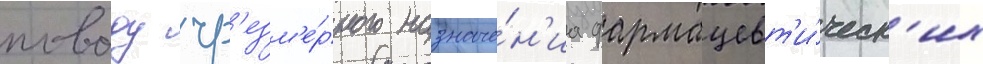
поводу чр'езм'е́рного назначе́н'иа фармацевт'и́ческ'их